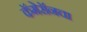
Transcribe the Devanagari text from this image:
कॅमेरॉनचा